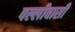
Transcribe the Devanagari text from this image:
पल्लीवासी